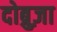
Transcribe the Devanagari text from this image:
दोब्रुज़ा